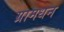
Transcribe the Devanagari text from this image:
ग्रामधन